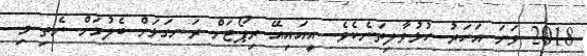
2018 ވަނަ އަހަރު ހުޅުވާލިތަނެކެވެ. އީއައިއޭ ރިޕޯޓަށް ރަނގަޅަށް ބެލުމަށް ނެތި މި